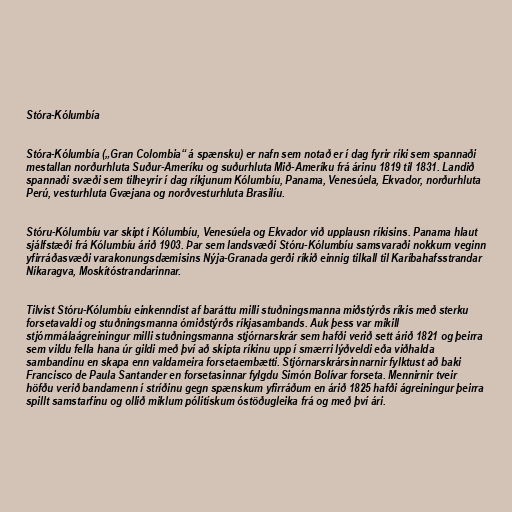
Stóra-Kólumbía

Stóra-Kólumbía („Gran Colombia“ á spænsku) er nafn sem notað er í dag fyrir ríki sem spannaði
mestallan norðurhluta Suður-Ameríku og suðurhluta Mið-Ameríku frá árinu 1819 til 1831. Landið
spannaði svæði sem tilheyrir í dag ríkjunum Kólumbíu, Panama, Venesúela, Ekvador, norðurhluta
Perú, vesturhluta Gvæjana og norðvesturhluta Brasilíu.

Stóru-Kólumbíu var skipt í Kólumbíu, Venesúela og Ekvador við upplausn ríkisins. Panama hlaut
sjálfstæði frá Kólumbíu árið 1903. Þar sem landsvæði Stóru-Kólumbíu samsvaraði nokkurn veginn
yfirráðasvæði varakonungsdæmisins Nýja-Granada gerði ríkið einnig tilkall til Karíbahafsstrandar
Níkaragva, Moskítóstrandarinnar.

Tilvist Stóru-Kólumbíu einkenndist af baráttu milli stuðningsmanna miðstýrðs ríkis með sterku
forsetavaldi og stuðningsmanna ómiðstýrðs ríkjasambands. Auk þess var mikill
stjórnmálaágreiningur milli stuðningsmanna stjórnarskrár sem hafði verið sett árið 1821 og þeirra
sem vildu fella hana úr gildi með því að skipta ríkinu upp í smærri lýðveldi eða viðhalda
sambandinu en skapa enn valdameira forsetaembætti. Stjórnarskrársinnarnir fylktust að baki
Francisco de Paula Santander en forsetasinnar fylgdu Simón Bolívar forseta. Mennirnir tveir
höfðu verið bandamenn í stríðinu gegn spænskum yfirráðum en árið 1825 hafði ágreiningur þeirra
spillt samstarfinu og ollið miklum pólitískum óstöðugleika frá og með því ári.